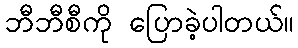
ဘီဘီစီကို ပြောခဲ့ပါတယ်။